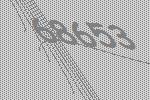
68653